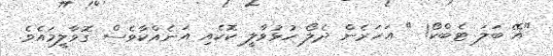
"އޭ ބަލަ ޓެބްކޯ! " އަހަރެން ދެލޯ ހުޅުވާލީ ކޮކެއި އަނެއްކާވެސް ގޮވާލީމައެވެ.